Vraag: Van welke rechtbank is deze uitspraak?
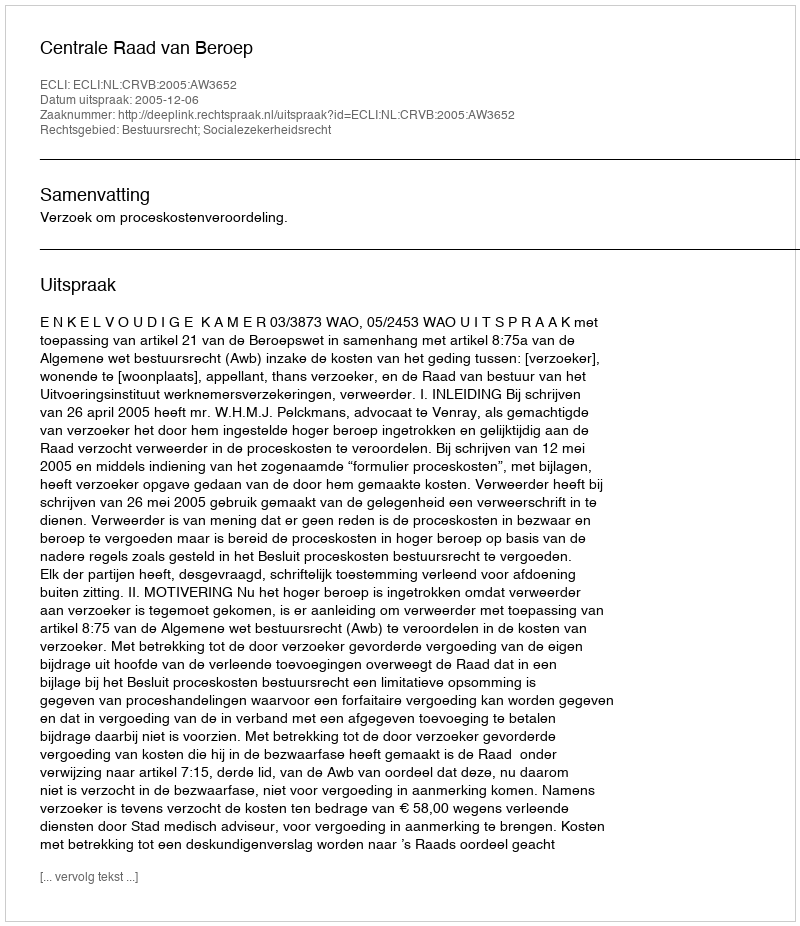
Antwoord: Centrale Raad van Beroep